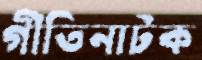
গীতিনাটক